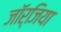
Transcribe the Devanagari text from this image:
जाॅर्जिया